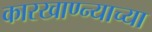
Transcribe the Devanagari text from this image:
कारखाण्न्याच्या